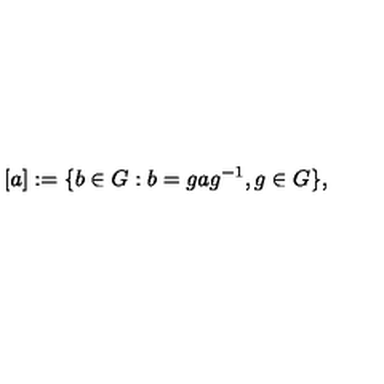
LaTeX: [ a ] : = \{ b \in G : b = g a g ^ { - 1 } , g \in G \} ,